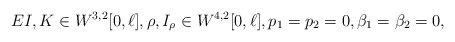
\begin{align*} EI, K \in W^{3,2}[0,\ell], \rho, I_{\rho} \in W^{4,2}[0,\ell], p_1 = p_2 = 0, \beta_1 = \beta_2 = 0,\end{align*}